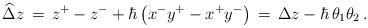
LaTeX: \begin{align*}\widehat\Delta z \,=\, z^+ - z^- +\hbar\left(x^- y^+ - x^+ y^-\right) \,=\, \Delta z - \hbar \, \theta_1\theta_2\,.\end{align*}